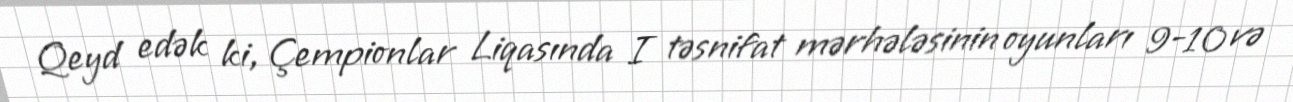
Qeyd edək ki, Çempionlar Liqasında I təsnifat mərhələsinin oyunları 9-10 və